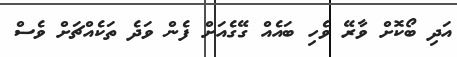
އަދި ބޯކޮށް ވާރޭ ވެހި ބައެއް ގޭގެއަށް ފެން ވަދެ ތަކެއްޗަށް ވެސް